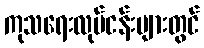
ကုသရေးလုပ်ငန်းများတွင်